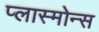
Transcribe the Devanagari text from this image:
प्लास्मोन्स